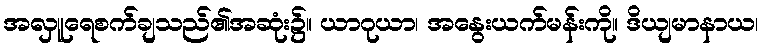
အလှူရေစက်ချသည်၏အဆုံး၌။ ယာဂုယာ၊ အနွေးယက်မန်းကို။ ဒိယျမာနာယ၊